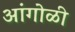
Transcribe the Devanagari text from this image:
आंगोळी